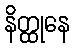
နိတ္ထုနေ